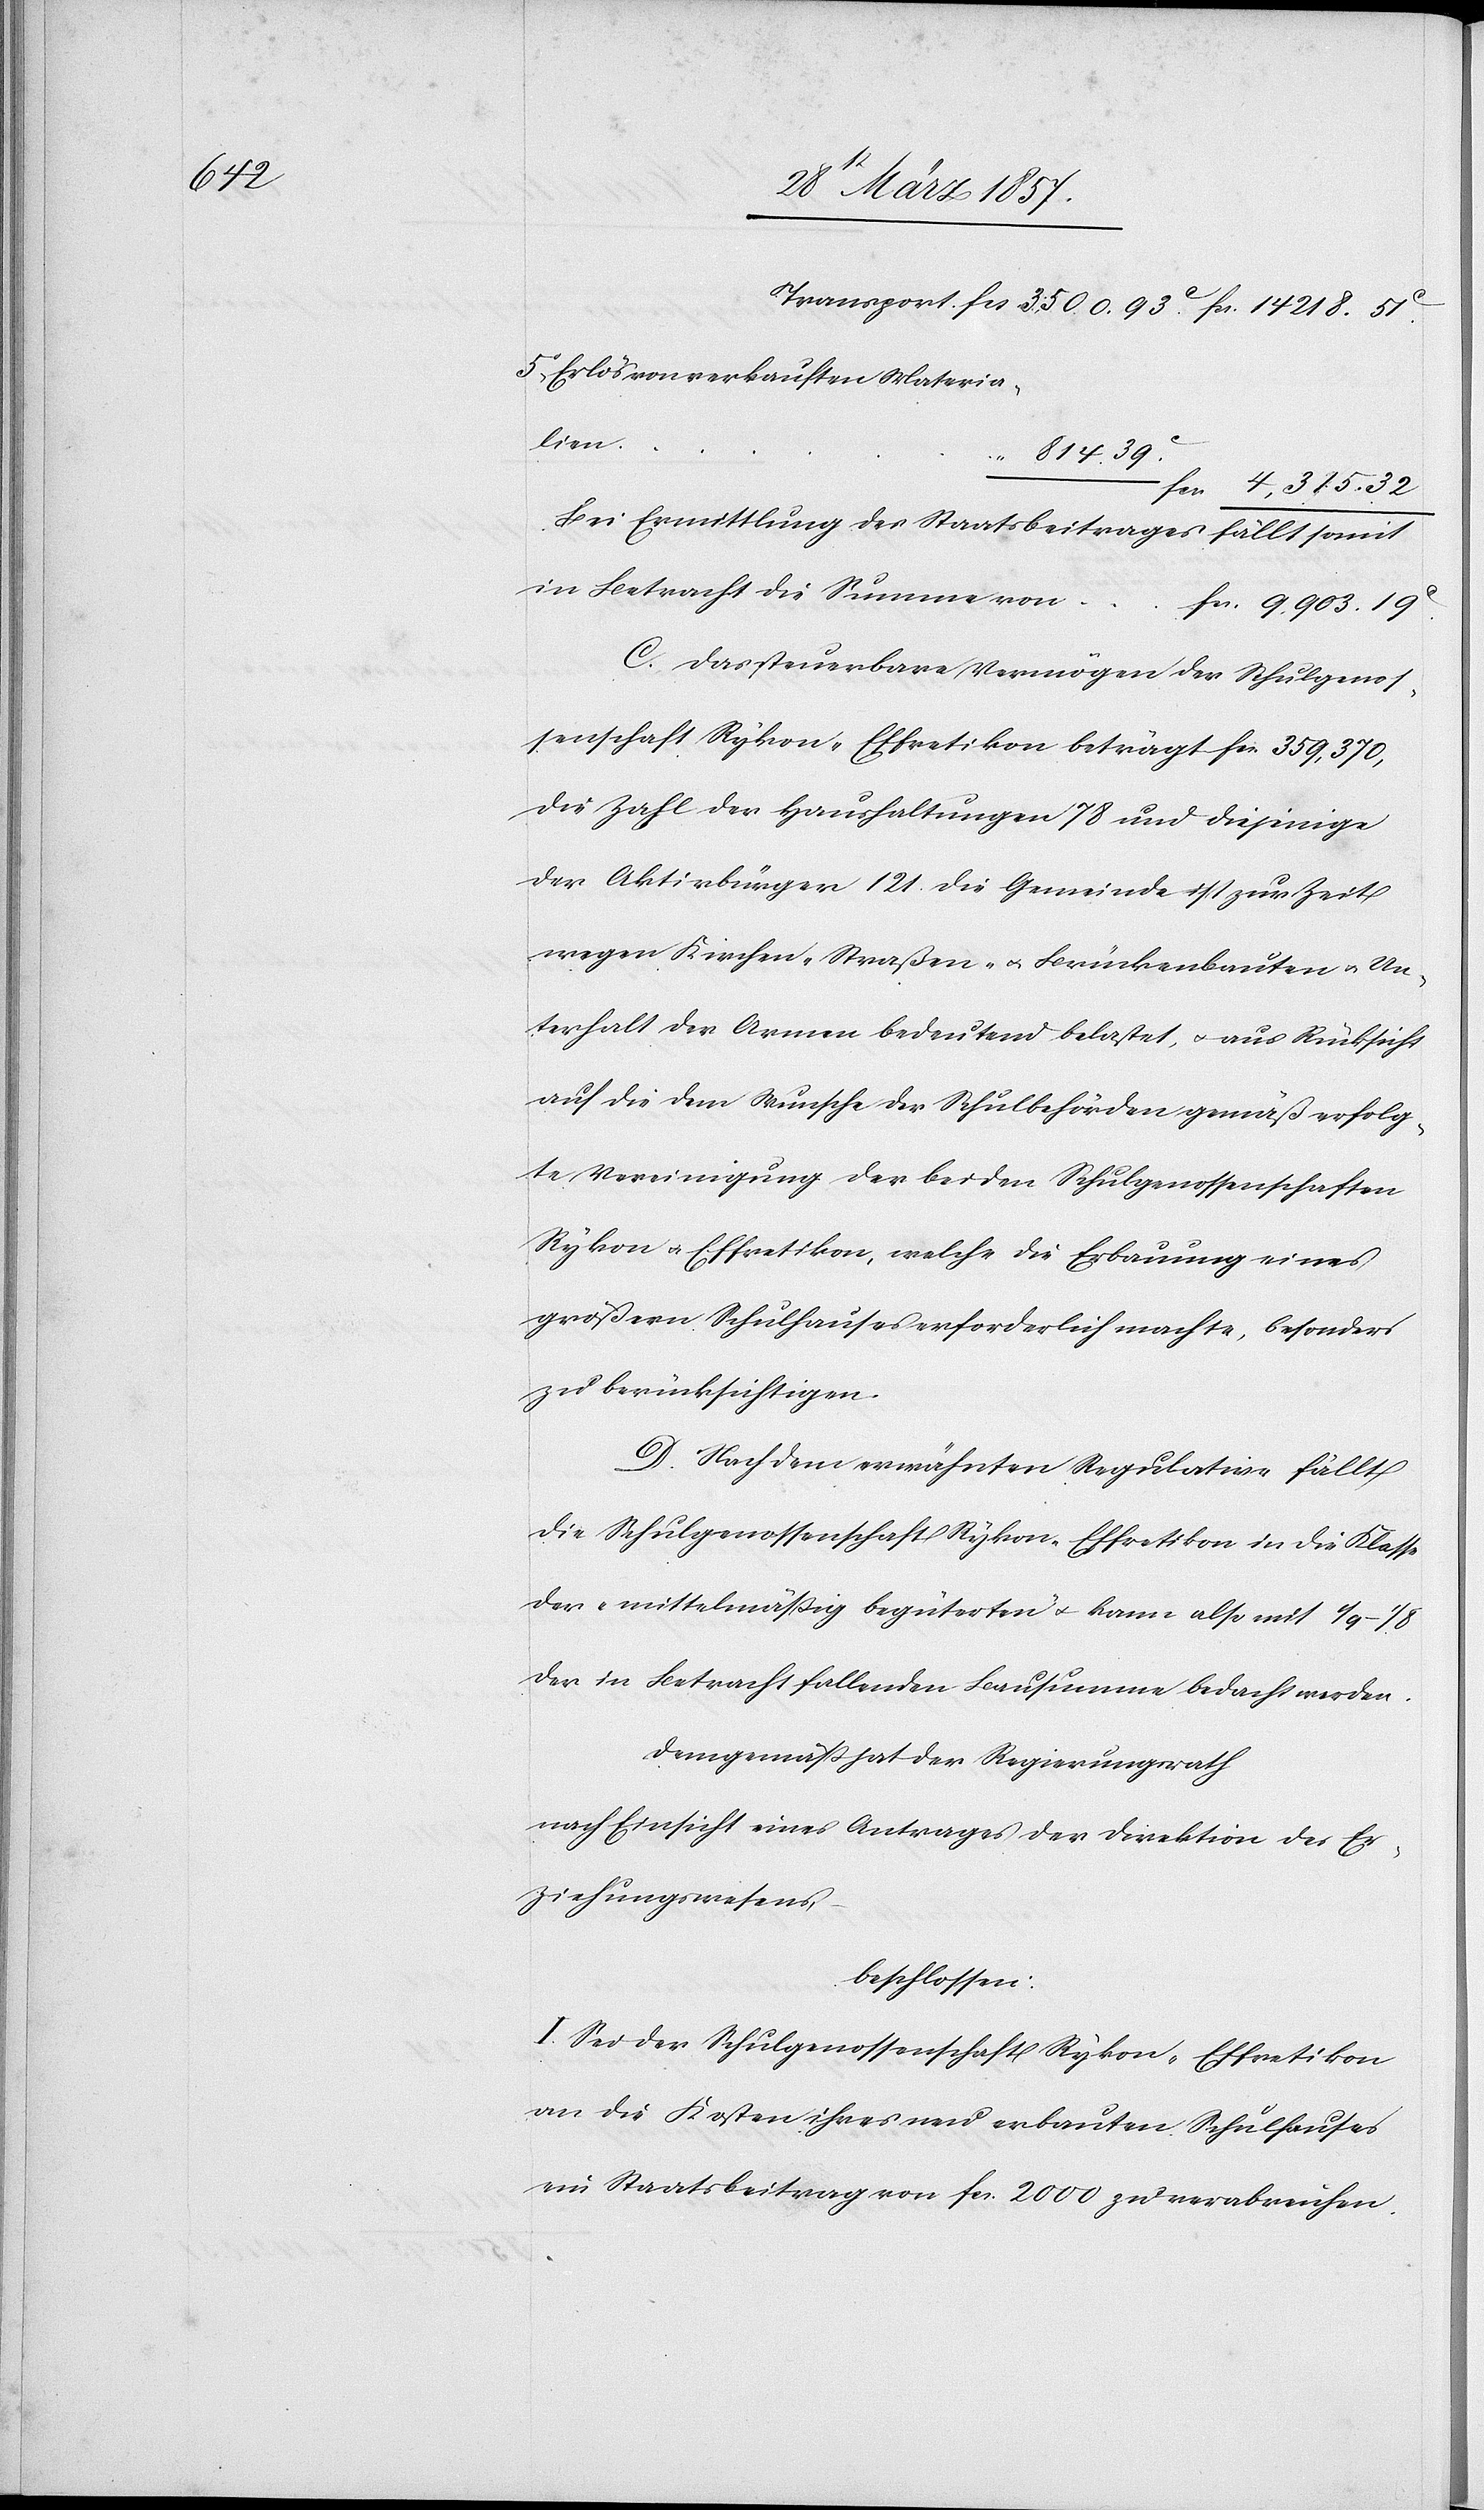
fr. 4,315.

5. Erlös von verkauften Materia¬
lien
Bei Ermittlung des Staatbeitrages fällt
in Betracht die Summe von
fr. 9,903.
C. Das steuerbare Vermögen der Schulgenos¬
senschaft Rykon-Effretikon beträgt fr. 359,370,
die Zahl der Haushaltungen 78 und diejenige
der Aktivbürger 121. Die Gemeinde ist zur Zeit
wegen Kirchen-[,] Straßen- u. Brückenbauten u. Un¬
terhalt der Armen bedeutend belastet, u. aus Rücksicht
auf die dem Wunsche der Schulbehörden gemäß erfolg¬
te Vereinigung der beiden Schulgenossenschaften
Rykon u. Effretikon, welche die Erbauung eines
größern Schulhauses erforderlich machte, besonders
zu berücksichtigen.
D. Nach dem erwähnten Regulative fällt
die Schulgenossenschaft Rykon-Effretikon in die Klasse
der „mittelmäßig begüterten“ u. kann also mit 1/9–1/8
der in Betracht fallenden Bausumme bedacht werden.
Demgemäß hat der Regierungsrath
nach Einsicht eines Antrages der Direktion des Er¬
ziehungswesens,
beschlossen:
I. Sei der Schulgenossenschaft Rykon-Effretikon
an die Kosten ihres neu erbauten Schulhauses
ein Staatsbeitrag von fr. 2000 zu verabreichen.